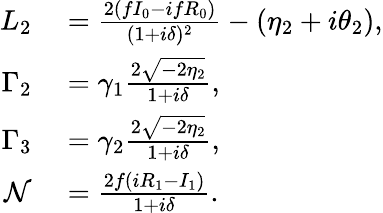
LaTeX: \begin{array}{rl}{L_{2}}&{{}=\frac{2(fI_{0}-ifR_{0})}{(1+i\delta)^{2}}-(\eta_{2}+i\theta_{2}),}\\ {\Gamma_{2}}&{{}=\gamma_{1}\frac{2\sqrt{-2\eta_{2}}}{1+i\delta},}\\ {\Gamma_{3}}&{{}=\gamma_{2}\frac{2\sqrt{-2\eta_{2}}}{1+i\delta},}\\ {\mathcal{N}}&{{}=\frac{2f(iR_{1}-I_{1})}{1+i\delta}.}\end{array}